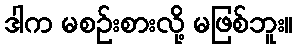
ဒါက မစဉ်းစားလို့ မဖြစ်ဘူး။